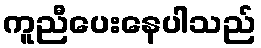
ကူညီပေးနေပါသည်